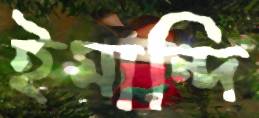
ইমান্দি